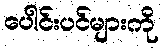
ပေါင်းပင်များကို